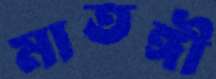
মাতঙ্গী